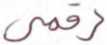
رقمي